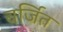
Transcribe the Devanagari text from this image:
वर्जित